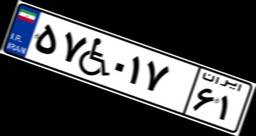
۴۱W۲۶۳۷۲